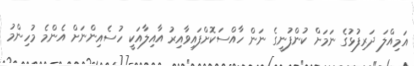
އަމިއްލަ ދަރިފުޅުގެ ނަމަށް ކުންފުނީގެ ނަން ހާއްސަކޮށްފައިވާއިރު އާއިލާއަކީ ހުސެއިންނަށް އެންމެ މުހިންމު